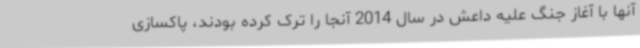
آنها با آغاز جنگ علیه داعش در سال 2014 آنجا را ترک کرده بودند، پاکسازی